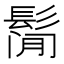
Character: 𱆁